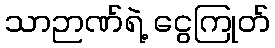
သာဉာဏ်ရဲ့ ငွေကြုတ်